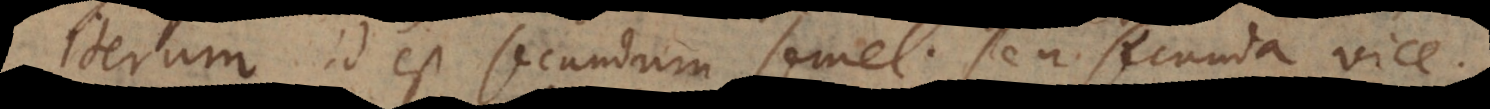
Iterum id est secundum semel, seu secunda vice.